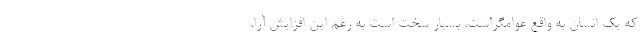
که یک انسان به واقع عوامگراست، بسیار سخت است به رغم این افزایش آرا،